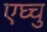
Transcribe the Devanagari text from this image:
एघ्चु